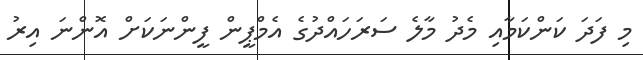
މި ފަދަ ކަންކަމާއި މެދު މާލެ ސަރަހައްދުގެ އެމްޕީން ފީންނަކަށް އޮންނަ އިރު